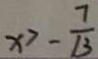
x > - \frac { 7 } { 1 3 }